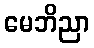
မေဘိညာ